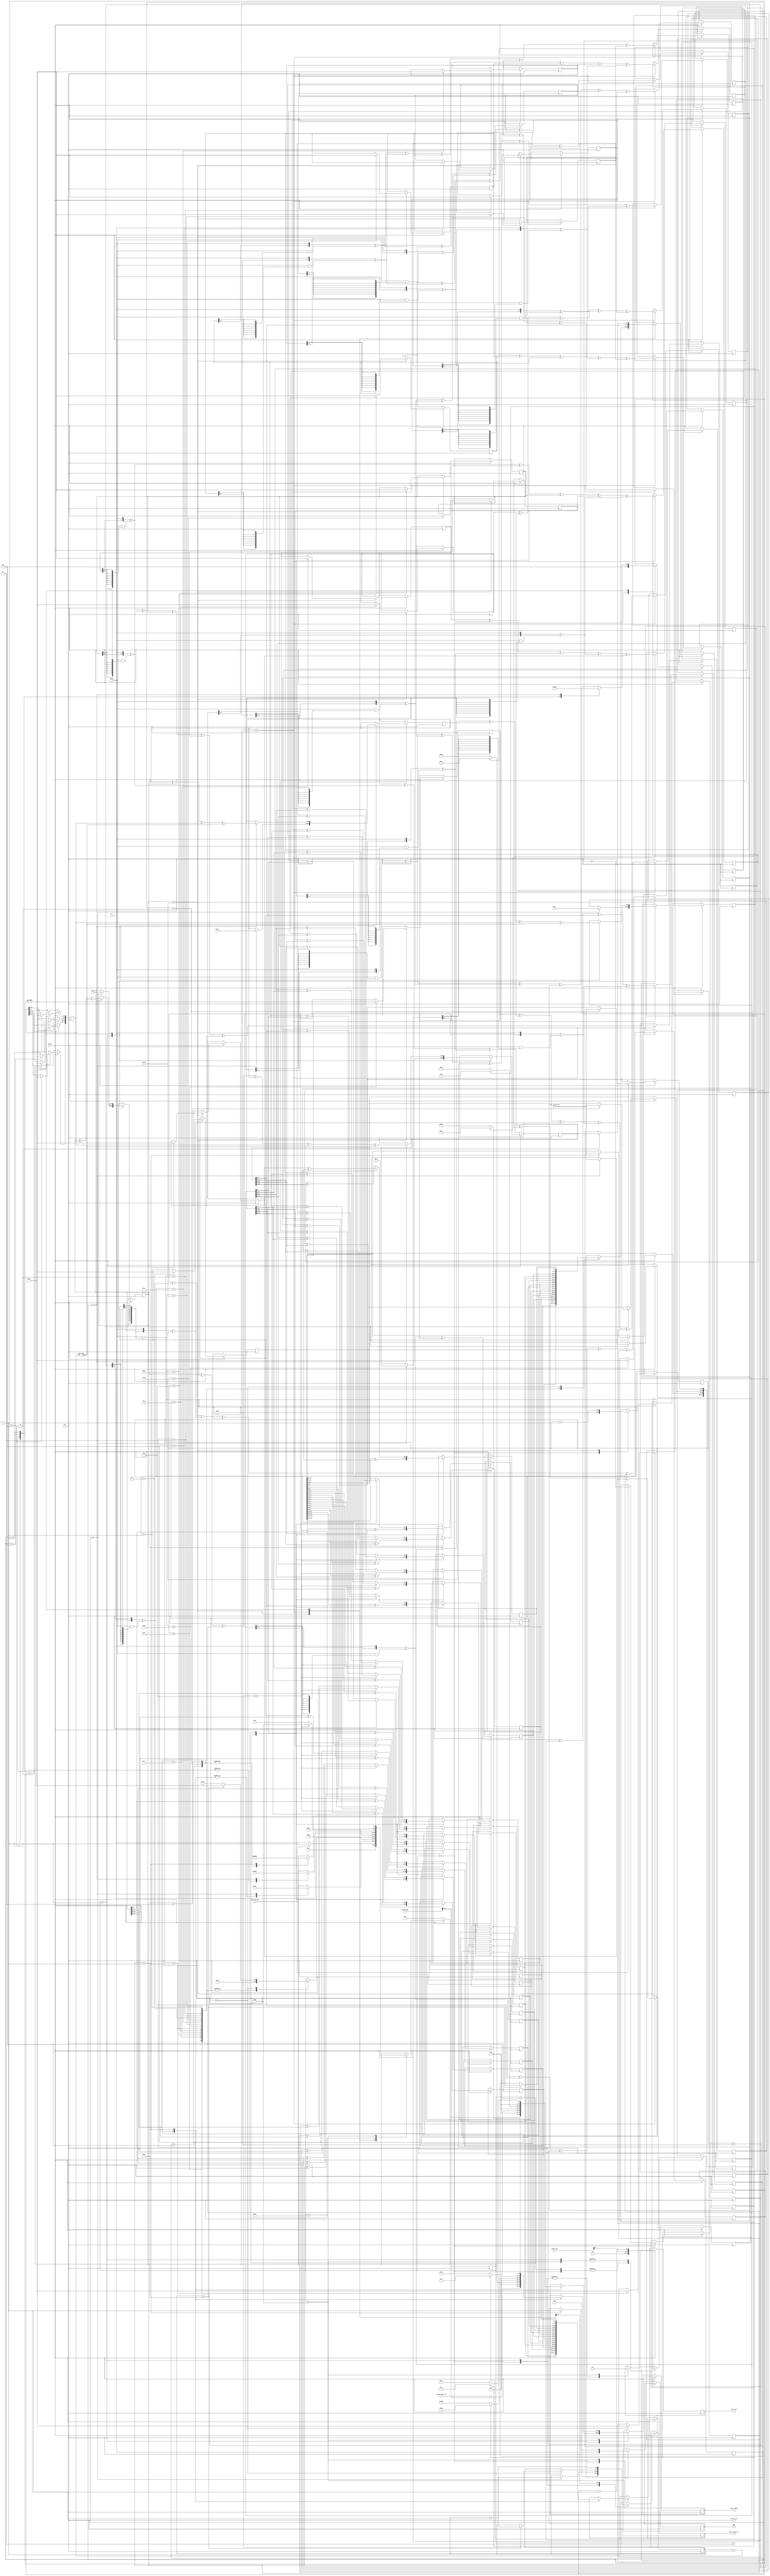
module AES_128bit(
clk, 
nreset, 
start_encrypt, 
plain_addr,
cipher_addr_off, 
frame_size, 
done, 
key_0, 
key_1, 
key_2,  
key_3, 
port_A_data_out, 
port_A_data_in, 
port_A_clk, 
port_A_addr,
port_A_we
); 
input		clk, nreset, start_encrypt;

input	[31:0]	key_0, key_1, key_2, key_3;
input	[31:0]	port_A_data_out;
input	[31:0]	plain_addr;
input	[15:0]	cipher_addr_off;
input 	[7:0] 	frame_size;
output  done, port_A_we, port_A_clk;
output	[31:0]	port_A_data_in;
output	[15:0]	port_A_addr;



////////////////////////////////////////////////////////////////////
//
// Local Wires
//

reg	[31:0]	cipher_word0, cipher_word1, cipher_word2, cipher_word3;
reg	[127:0]	plain_text;
reg	[7:0]	temp00, temp01, temp02, temp03;
reg	[7:0]	temp10, temp11, temp12, temp13;
reg	[7:0]	temp20, temp21, temp22, temp23;
reg	[7:0]	temp30, temp31, temp32, temp33;

reg	[7:0]	temp00_shiftsub, temp01_shiftsub, temp02_shiftsub, temp03_shiftsub;
reg	[7:0]	temp10_shiftsub, temp11_shiftsub, temp12_shiftsub, temp13_shiftsub;
reg	[7:0]	temp20_shiftsub, temp21_shiftsub, temp22_shiftsub, temp23_shiftsub;
reg	[7:0]	temp30_shiftsub, temp31_shiftsub, temp32_shiftsub, temp33_shiftsub;
reg	[7:0]	temp00_mixcolumn, temp01_mixcolumn, temp02_mixcolumn, temp03_mixcolumn;
reg	[7:0]	temp10_mixcolumn, temp11_mixcolumn, temp12_mixcolumn, temp13_mixcolumn;
reg	[7:0]	temp20_mixcolumn, temp21_mixcolumn, temp22_mixcolumn, temp23_mixcolumn;
reg	[7:0]	temp30_mixcolumn, temp31_mixcolumn, temp32_mixcolumn, temp33_mixcolumn, sboxin;
wire [7:0] sboxout;
reg	done, port_A_we, kld;
reg	[3:0]	round_count; 
wire [3:0] another_count;
reg	[7:0]	count;
reg [4:0] an_cnt; 
reg [2:0] roundkey_count;
reg [8:0] state;
reg	[15:0]	port_A_addr;
reg	[31:0]	port_A_data_in;
reg [31:0] subword;
wire [31:0] rcon;
reg f;


///////////////////////////////////////////////////////////////////
//
//State Machine
//

assign port_A_clk = clk;
assign another_count = round_count-1;
parameter
	S0 = 8'b00000000,
	S1 = 8'b00000001, 
	S2 = 8'b00000010,
	S3 = 8'b00000100,
	S4 = 8'b00001000,
	S5 = 8'b00010000,
	S6 = 8'b00100000,
	S7 = 8'b01000000,
	S8 = 8'b10000000;
 initial begin   f = 1'b0;
 end
always @(posedge clk) begin
	if (! nreset)
	  begin
		state <= S0;
		end
	else begin
		case(state)
		S0:	begin		//judge the stage 
		  			port_A_we <= 0;
		  			done <= 0;
		  			round_count <= 4'h0;
					count <= frame_size[7:0]>>2;
					an_cnt <= 5'b10000;
						roundkey_count <= 3'b100;
		      if (start_encrypt)
		        begin
		          f=~f;
		          state <= S1;
		          
		        end
		      else
		        state <= S0;
				end
		S1:	begin		// initialize the state from dps and the key 
					port_A_we <= 0;
					case(count)
						8'b00000100:	begin	
											port_A_addr[15:0] <= plain_addr[15:0];	
											state <= S2;
									  end
						8'b00000011:    begin
											plain_text[031:000] <= port_A_data_out[31:0];
										    //port_A_addr[15:0] <= port_A_addr[15:0] + 4;
										    port_A_addr[15:0] <= (f==1'b1)?16'h0004:16'h0014;
											state <= S2;
										end							
						8'b00000010:	begin
											port_A_addr[15:0] <= (f==1'b1)?16'h0008:16'h0018;
											//port_A_addr[15:0] <= port_A_addr[15:0] + 4;
											plain_text[063:032] <= port_A_data_out[31:0];
											state <= S2;
										end				
						8'b00000001:	begin
											port_A_addr[15:0] <= (f==1'b1)?16'h000c:16'h001c;
											//port_A_addr[15:0] <= port_A_addr[15:0] + 4;
											plain_text[095:064] <= port_A_data_out[31:0];
											state <= S2;
										end	
						8'b00000000:	begin
											plain_text[127:096] <= port_A_data_out[31:0];
											state <= S3;
											round_count <= round_count + 1;
											cipher_word0 <= key_0[31:0];
											cipher_word1 <= key_1[31:0]; 
											cipher_word2 <= key_2[31:0]; 
											cipher_word3 <= key_3[31:0]; 
										end	
					endcase
				count <= count - 1;
				end
		S2: begin		// give time for writing 
						state <= S1;	
				end
		S3: begin		// Add round key for the first round 
					count <= frame_size[7:0]>>2;
						begin
							temp00 <= plain_text[007:000] ^ cipher_word0[07:00];
							temp10 <= plain_text[015:008] ^ cipher_word0[15:08];
							temp20 <= plain_text[023:016] ^ cipher_word0[23:16];
							temp30 <= plain_text[031:024] ^ cipher_word0[31:24];
							temp01 <= plain_text[039:032] ^ cipher_word1[07:00];
							temp11 <= plain_text[047:040] ^ cipher_word1[15:08];
							temp21 <= plain_text[055:048] ^ cipher_word1[23:16];
							temp31 <= plain_text[063:056] ^ cipher_word1[31:24];
							temp02 <= plain_text[071:064] ^ cipher_word2[07:00];
							temp12 <= plain_text[079:072] ^ cipher_word2[15:08];
							temp22 <= plain_text[087:080] ^ cipher_word2[23:16];
							temp32 <= plain_text[095:088] ^ cipher_word2[31:24];
							temp03 <= plain_text[103:096] ^ cipher_word3[07:00];
							temp13 <= plain_text[111:104] ^ cipher_word3[15:08];
							temp23 <= plain_text[119:112] ^ cipher_word3[23:16];
							temp33 <= plain_text[127:120] ^ cipher_word3[31:24];
							state <= S4;
						end
				end	
		S4: begin // sub & shift
		  case(an_cnt)
		    5'b10000:begin
		             sboxin <= temp00;
		             state <= S4;
		             end
		    5'b01111: 		  begin         
		             temp00_shiftsub <= sboxout;	
		             sboxin <= temp01;
		             state <= S4;
		             end
		    5'b01110:         begin 
		             temp01_shiftsub <= sboxout;
		             sboxin <= temp02;
		             state <= S4;
		             end
		    5'b01101:         begin
		             temp02_shiftsub <= sboxout;
		             sboxin <= temp03;
		             state <= S4;
		             end
		    5'b01100:         begin
		             temp03_shiftsub <= sboxout;
		             sboxin <= temp10;
		             state <= S4;
		             end
		    5'b01011:         begin
		             temp13_shiftsub <= sboxout;
		             sboxin <= temp11;
		             state <= S4;
		             end
		    5'b01010:         begin
		             temp10_shiftsub <= sboxout;
		             sboxin <= temp12;
		             state <= S4;
		             end
		    5'b01001:         begin
		             temp11_shiftsub <= sboxout;
		             sboxin <= temp13;
		             state <= S4;
		             end
		    5'b01000:         begin
		             temp12_shiftsub <= sboxout;
		             sboxin <= temp20;
		             state <= S4;
		             end
		    5'b00111:        begin
		             temp22_shiftsub <= sboxout;
		             sboxin <= temp21;
		             state <= S4;
		             end
		    5'b00110:        begin
		             temp23_shiftsub <= sboxout;
		             sboxin <= temp22;
		             state <= S4;
		             end
		    5'b00101:        begin
		             temp20_shiftsub <= sboxout;
		             sboxin <= temp23;
		             state <= S4;
		             end
		    5'b00100:        begin
		             temp21_shiftsub <= sboxout;
		             sboxin <= temp30;
		             state <= S4;
		             end
		    5'b00011:        begin
		             temp31_shiftsub <= sboxout;	
		             sboxin <= temp31;
		             state <= S4;
		             end
		    5'b00010:        begin
		             temp32_shiftsub <= sboxout;
		             sboxin <= temp32;
		             state <= S4;
		             end
		    5'b00001:        begin
		             temp33_shiftsub <= sboxout;
		             sboxin <= temp33;
		             state <= S4;
		             end
		    5'b00000:begin
		             temp30_shiftsub <= sboxout;
		               if (round_count == 10)
		                 begin
						 round_count <= round_count + 1;
		                 state <= S6; // generate round key
		                 sboxin <= cipher_word3[07:00];
		                 end
		               else
		                 state <= S5; // mix
		             end
		    endcase
		    an_cnt <= an_cnt -1;
		    end 
		
		S5: begin							// Mix_Column
					round_count <= round_count+1;	
					{temp00_mixcolumn, temp10_mixcolumn, temp20_mixcolumn, temp30_mixcolumn}  <= mix_col(temp00_shiftsub,temp10_shiftsub,temp20_shiftsub,temp30_shiftsub);
					{temp01_mixcolumn, temp11_mixcolumn, temp21_mixcolumn, temp31_mixcolumn}  <= mix_col(temp01_shiftsub,temp11_shiftsub,temp21_shiftsub,temp31_shiftsub);
					{temp02_mixcolumn, temp12_mixcolumn, temp22_mixcolumn, temp32_mixcolumn}  <= mix_col(temp02_shiftsub,temp12_shiftsub,temp22_shiftsub,temp32_shiftsub);
					{temp03_mixcolumn, temp13_mixcolumn, temp23_mixcolumn, temp33_mixcolumn}  <= mix_col(temp03_shiftsub,temp13_shiftsub,temp23_shiftsub,temp33_shiftsub);
					sboxin <= cipher_word3[07:00];
					state <= S6;
				end
				
		S6: begin  // generating round key
			case(roundkey_count)
		      3'b100: begin
		            subword[31:24] <= sboxout;
		            sboxin <= cipher_word3[31:24];
					roundkey_count <= 3'b011;
		            state <= S6;
		            end
		      3'b011:
		            begin
		            subword[23:16] <= sboxout;
					sboxin <= cipher_word3[23:16];
					roundkey_count <= 3'b010;
		            state <= S6;
		            end
		      3'b010:  begin
		            subword[15:08] <= sboxout;
		            sboxin <= cipher_word3[15:08];
					roundkey_count <= 3'b001;
		            state <= S6;
		            end
		      3'b001:   begin
		            subword[07:00] <= sboxout;
		            sboxin <= cipher_word3[07:00];
					roundkey_count <= 3'b000;
		            state <= S6;
		            end
			  3'b000:
			        begin
					//round_count <= round_count + 1;
			        	cipher_word0 <=  cipher_word0^subword^rcon;
					cipher_word1 <=  cipher_word0^cipher_word1^subword^rcon;
					cipher_word2 <=  cipher_word0^cipher_word2^cipher_word1^subword^rcon;
					cipher_word3 <=  cipher_word0^cipher_word3^cipher_word2^cipher_word1^subword^rcon;
					roundkey_count <= 3'b100;
					state <= S7;
					end
				endcase
				end

		S7: begin							// Add round key
					if (round_count == 11)
						begin
						temp00 <=  temp00_shiftsub ^ cipher_word0[07:00];
						temp01 <=  temp01_shiftsub ^ cipher_word1[07:00];
						temp02 <=  temp02_shiftsub ^ cipher_word2[07:00];
						temp03 <=  temp03_shiftsub ^ cipher_word3[07:00];
						temp10 <=  temp10_shiftsub ^ cipher_word0[15:08];
						temp11 <=  temp11_shiftsub ^ cipher_word1[15:08];
						temp12 <=  temp12_shiftsub ^ cipher_word2[15:08];
						temp13 <=  temp13_shiftsub ^ cipher_word3[15:08];
						temp20 <=  temp20_shiftsub ^ cipher_word0[23:16];
						temp21 <=  temp21_shiftsub ^ cipher_word1[23:16];
						temp22 <=  temp22_shiftsub ^ cipher_word2[23:16];
						temp23 <=  temp23_shiftsub ^ cipher_word3[23:16];
						temp30 <=  temp30_shiftsub ^ cipher_word0[31:24];
						temp31 <=  temp31_shiftsub ^ cipher_word1[31:24];
						temp32 <=  temp32_shiftsub ^ cipher_word2[31:24];
						temp33 <=  temp33_shiftsub ^ cipher_word3[31:24];
						state <= S8;
						end
					else
						begin
						temp33 <= temp33_mixcolumn ^ cipher_word3[31:24];
						temp23 <= temp23_mixcolumn ^ cipher_word3[23:16];
						temp13 <= temp13_mixcolumn ^ cipher_word3[15:08];
						temp03 <= temp03_mixcolumn ^ cipher_word3[07:00];
						temp32 <= temp32_mixcolumn ^ cipher_word2[31:24];
						temp22 <= temp22_mixcolumn ^ cipher_word2[23:16];
						temp12 <= temp12_mixcolumn ^ cipher_word2[15:08];
						temp02 <= temp02_mixcolumn ^ cipher_word2[07:00];
						temp31 <= temp31_mixcolumn ^ cipher_word1[31:24];
						temp21 <= temp21_mixcolumn ^ cipher_word1[23:16];
						temp11 <= temp11_mixcolumn ^ cipher_word1[15:08];
						temp01 <= temp01_mixcolumn ^ cipher_word1[07:00];
						temp30 <= temp30_mixcolumn ^ cipher_word0[31:24];
						temp20 <= temp20_mixcolumn ^ cipher_word0[23:16];
						temp10 <= temp10_mixcolumn ^ cipher_word0[15:08];
						temp00 <= temp00_mixcolumn ^ cipher_word0[07:00];
						state <= S4;
						end
				end 		
		S8: begin
					port_A_we <= 1;					
					case(count)
						8'b100:	begin	
											port_A_addr[15:0] <= cipher_addr_off[15:0] + plain_addr[15:0];
											port_A_data_in[31:0] <= {temp30,temp20,temp10,temp00};												
											state <= S8;
										end							
						8'b11:	begin 
											port_A_addr[15:0] <= (f==1'b1)?16'h00cc:16'h0100;
											//port_A_addr[15:0] <= port_A_addr[15:0] + 4;
											port_A_data_in[31:0] <= {temp31,temp21,temp11,temp01};		
											state <= S8;
										end				
						8'b10:	begin
											port_A_addr[15:0] <= (f==1'b1)?16'h00d0:16'h0104;
											//port_A_addr[15:0] <= port_A_addr[15:0] + 4;
											port_A_data_in[31:0] <= {temp32,temp22,temp12,temp02};		
											state <= S8;
										end	
						8'b01:	begin
											port_A_addr[15:0] <= (f==1'b1)?16'h00d4:16'h0108;
											//port_A_addr[15:0] <= port_A_addr[15:0] + 4;
											port_A_data_in[31:0] <= {temp33,temp23,temp13,temp03};		
											done <= 1;
											state <= S0;
										end	
					endcase
					count <= count - 1;
				end
			endcase
	end
end

				
aes_sbox us ( .a(sboxin), .d(sboxout));
aes_rcon r0(	.clk(another_count), .out(rcon));

////////////////////////////////////////////////////////////////////
//
// Generic Functions
//

function [31:0] mix_col;
input	[7:0]	s0,s1,s2,s3;
reg	[7:0]	s0_o,s1_o,s2_o,s3_o;
begin
mix_col[31:24]=field(s0)^field(s1)^s1^s2^s3;
mix_col[23:16]=s0^field(s1)^field(s2)^s2^s3;
mix_col[15:08]=s0^s1^field(s2)^field(s3)^s3;
mix_col[07:00]=field(s0)^s0^s1^s2^field(s3);
end
endfunction 
 

function [7:0] field;
input [7:0] b; 
field={b[6:0],1'b0}^(8'h1b&{8{b[7]}});
endfunction

endmodule




module aes_rcon(clk, out);
input		[3:0] clk;
output	[31:0]	out;
reg	[31:0]	out;
reg	[3:0]	rcon_count;
wire	[3:0]	rcon_count_next;

always @(clk)
	if(clk == 1)		out <= 32'h00_00_00_01;
	else		out <=  frcon(rcon_count_next);

assign rcon_count_next = rcon_count + 4'h1;
always @(clk)
	if(clk == 1)		rcon_count <= 4'h0;
	else		rcon_count <=  rcon_count_next;

function [31:0]	frcon;
input	[3:0]	i;
case(i)	// synopsys parallel_case
   4'h0: frcon=32'h00_00_00_01;
   4'h1: frcon=32'h00_00_00_02;
   4'h2: frcon=32'h00_00_00_04;
   4'h3: frcon=32'h00_00_00_08;
   4'h4: frcon=32'h00_00_00_10;
   4'h5: frcon=32'h00_00_00_20;
   4'h6: frcon=32'h00_00_00_40;
   4'h7: frcon=32'h00_00_00_80;
   4'h8: frcon=32'h00_00_00_1b;
   4'h9: frcon=32'h00_00_00_36;
   default: frcon=32'h00_00_00_00;
endcase
endfunction
endmodule



module aes_sbox(a,d);
input	[7:0]	a;
output	[7:0]	d;
reg	[7:0]	d;

always @(a)
	case(a)		// synopsys full_case parallel_case
	   8'h00: d=8'h63;
	   8'h01: d=8'h7c;
	   8'h02: d=8'h77;
	   8'h03: d=8'h7b;
	   8'h04: d=8'hf2;
	   8'h05: d=8'h6b;
	   8'h06: d=8'h6f;
	   8'h07: d=8'hc5;
	   8'h08: d=8'h30;
	   8'h09: d=8'h01;
	   8'h0a: d=8'h67;
	   8'h0b: d=8'h2b;
	   8'h0c: d=8'hfe;
	   8'h0d: d=8'hd7;
	   8'h0e: d=8'hab;
	   8'h0f: d=8'h76;
	   8'h10: d=8'hca;
	   8'h11: d=8'h82;
	   8'h12: d=8'hc9;
	   8'h13: d=8'h7d;
	   8'h14: d=8'hfa;
	   8'h15: d=8'h59;
	   8'h16: d=8'h47;
	   8'h17: d=8'hf0;
	   8'h18: d=8'had;
	   8'h19: d=8'hd4;
	   8'h1a: d=8'ha2;
	   8'h1b: d=8'haf;
	   8'h1c: d=8'h9c;
	   8'h1d: d=8'ha4;
	   8'h1e: d=8'h72;
	   8'h1f: d=8'hc0;
	   8'h20: d=8'hb7;
	   8'h21: d=8'hfd;
	   8'h22: d=8'h93;
	   8'h23: d=8'h26;
	   8'h24: d=8'h36;
	   8'h25: d=8'h3f;
	   8'h26: d=8'hf7;
	   8'h27: d=8'hcc;
	   8'h28: d=8'h34;
	   8'h29: d=8'ha5;
	   8'h2a: d=8'he5;
	   8'h2b: d=8'hf1;
	   8'h2c: d=8'h71;
	   8'h2d: d=8'hd8;
	   8'h2e: d=8'h31;
	   8'h2f: d=8'h15;
	   8'h30: d=8'h04;
	   8'h31: d=8'hc7;
	   8'h32: d=8'h23;
	   8'h33: d=8'hc3;
	   8'h34: d=8'h18;
	   8'h35: d=8'h96;
	   8'h36: d=8'h05;
	   8'h37: d=8'h9a;
	   8'h38: d=8'h07;
	   8'h39: d=8'h12;
	   8'h3a: d=8'h80;
	   8'h3b: d=8'he2;
	   8'h3c: d=8'heb;
	   8'h3d: d=8'h27;
	   8'h3e: d=8'hb2;
	   8'h3f: d=8'h75;
	   8'h40: d=8'h09;
	   8'h41: d=8'h83;
	   8'h42: d=8'h2c;
	   8'h43: d=8'h1a;
	   8'h44: d=8'h1b;
	   8'h45: d=8'h6e;
	   8'h46: d=8'h5a;
	   8'h47: d=8'ha0;
	   8'h48: d=8'h52;
	   8'h49: d=8'h3b;
	   8'h4a: d=8'hd6;
	   8'h4b: d=8'hb3;
	   8'h4c: d=8'h29;
	   8'h4d: d=8'he3;
	   8'h4e: d=8'h2f;
	   8'h4f: d=8'h84;
	   8'h50: d=8'h53;
	   8'h51: d=8'hd1;
	   8'h52: d=8'h00;
	   8'h53: d=8'hed;
	   8'h54: d=8'h20;
	   8'h55: d=8'hfc;
	   8'h56: d=8'hb1;
	   8'h57: d=8'h5b;
	   8'h58: d=8'h6a;
	   8'h59: d=8'hcb;
	   8'h5a: d=8'hbe;
	   8'h5b: d=8'h39;
	   8'h5c: d=8'h4a;
	   8'h5d: d=8'h4c;
	   8'h5e: d=8'h58;
	   8'h5f: d=8'hcf;
	   8'h60: d=8'hd0;
	   8'h61: d=8'hef;
	   8'h62: d=8'haa;
	   8'h63: d=8'hfb;
	   8'h64: d=8'h43;
	   8'h65: d=8'h4d;
	   8'h66: d=8'h33;
	   8'h67: d=8'h85;
	   8'h68: d=8'h45;
	   8'h69: d=8'hf9;
	   8'h6a: d=8'h02;
	   8'h6b: d=8'h7f;
	   8'h6c: d=8'h50;
	   8'h6d: d=8'h3c;
	   8'h6e: d=8'h9f;
	   8'h6f: d=8'ha8;
	   8'h70: d=8'h51;
	   8'h71: d=8'ha3;
	   8'h72: d=8'h40;
	   8'h73: d=8'h8f;
	   8'h74: d=8'h92;
	   8'h75: d=8'h9d;
	   8'h76: d=8'h38;
	   8'h77: d=8'hf5;
	   8'h78: d=8'hbc;
	   8'h79: d=8'hb6;
	   8'h7a: d=8'hda;
	   8'h7b: d=8'h21;
	   8'h7c: d=8'h10;
	   8'h7d: d=8'hff;
	   8'h7e: d=8'hf3;
	   8'h7f: d=8'hd2;
	   8'h80: d=8'hcd;
	   8'h81: d=8'h0c;
	   8'h82: d=8'h13;
	   8'h83: d=8'hec;
	   8'h84: d=8'h5f;
	   8'h85: d=8'h97;
	   8'h86: d=8'h44;
	   8'h87: d=8'h17;
	   8'h88: d=8'hc4;
	   8'h89: d=8'ha7;
	   8'h8a: d=8'h7e;
	   8'h8b: d=8'h3d;
	   8'h8c: d=8'h64;
	   8'h8d: d=8'h5d;
	   8'h8e: d=8'h19;
	   8'h8f: d=8'h73;
	   8'h90: d=8'h60;
	   8'h91: d=8'h81;
	   8'h92: d=8'h4f;
	   8'h93: d=8'hdc;
	   8'h94: d=8'h22;
	   8'h95: d=8'h2a;
	   8'h96: d=8'h90;
	   8'h97: d=8'h88;
	   8'h98: d=8'h46;
	   8'h99: d=8'hee;
	   8'h9a: d=8'hb8;
	   8'h9b: d=8'h14;
	   8'h9c: d=8'hde;
	   8'h9d: d=8'h5e;
	   8'h9e: d=8'h0b;
	   8'h9f: d=8'hdb;
	   8'ha0: d=8'he0;
	   8'ha1: d=8'h32;
	   8'ha2: d=8'h3a;
	   8'ha3: d=8'h0a;
	   8'ha4: d=8'h49;
	   8'ha5: d=8'h06;
	   8'ha6: d=8'h24;
	   8'ha7: d=8'h5c;
	   8'ha8: d=8'hc2;
	   8'ha9: d=8'hd3;
	   8'haa: d=8'hac;
	   8'hab: d=8'h62;
	   8'hac: d=8'h91;
	   8'had: d=8'h95;
	   8'hae: d=8'he4;
	   8'haf: d=8'h79;
	   8'hb0: d=8'he7;
	   8'hb1: d=8'hc8;
	   8'hb2: d=8'h37;
	   8'hb3: d=8'h6d;
	   8'hb4: d=8'h8d;
	   8'hb5: d=8'hd5;
	   8'hb6: d=8'h4e;
	   8'hb7: d=8'ha9;
	   8'hb8: d=8'h6c;
	   8'hb9: d=8'h56;
	   8'hba: d=8'hf4;
	   8'hbb: d=8'hea;
	   8'hbc: d=8'h65;
	   8'hbd: d=8'h7a;
	   8'hbe: d=8'hae;
	   8'hbf: d=8'h08;
	   8'hc0: d=8'hba;
	   8'hc1: d=8'h78;
	   8'hc2: d=8'h25;
	   8'hc3: d=8'h2e;
	   8'hc4: d=8'h1c;
	   8'hc5: d=8'ha6;
	   8'hc6: d=8'hb4;
	   8'hc7: d=8'hc6;
	   8'hc8: d=8'he8;
	   8'hc9: d=8'hdd;
	   8'hca: d=8'h74;
	   8'hcb: d=8'h1f;
	   8'hcc: d=8'h4b;
	   8'hcd: d=8'hbd;
	   8'hce: d=8'h8b;
	   8'hcf: d=8'h8a;
	   8'hd0: d=8'h70;
	   8'hd1: d=8'h3e;
	   8'hd2: d=8'hb5;
	   8'hd3: d=8'h66;
	   8'hd4: d=8'h48;
	   8'hd5: d=8'h03;
	   8'hd6: d=8'hf6;
	   8'hd7: d=8'h0e;
	   8'hd8: d=8'h61;
	   8'hd9: d=8'h35;
	   8'hda: d=8'h57;
	   8'hdb: d=8'hb9;
	   8'hdc: d=8'h86;
	   8'hdd: d=8'hc1;
	   8'hde: d=8'h1d;
	   8'hdf: d=8'h9e;
	   8'he0: d=8'he1;
	   8'he1: d=8'hf8;
	   8'he2: d=8'h98;
	   8'he3: d=8'h11;
	   8'he4: d=8'h69;
	   8'he5: d=8'hd9;
	   8'he6: d=8'h8e;
	   8'he7: d=8'h94;
	   8'he8: d=8'h9b;
	   8'he9: d=8'h1e;
	   8'hea: d=8'h87;
	   8'heb: d=8'he9;
	   8'hec: d=8'hce;
	   8'hed: d=8'h55;
	   8'hee: d=8'h28;
	   8'hef: d=8'hdf;
	   8'hf0: d=8'h8c;
	   8'hf1: d=8'ha1;
	   8'hf2: d=8'h89;
	   8'hf3: d=8'h0d;
	   8'hf4: d=8'hbf;
	   8'hf5: d=8'he6;
	   8'hf6: d=8'h42;
	   8'hf7: d=8'h68;
	   8'hf8: d=8'h41;
	   8'hf9: d=8'h99;
	   8'hfa: d=8'h2d;
	   8'hfb: d=8'h0f;
	   8'hfc: d=8'hb0;
	   8'hfd: d=8'h54;
	   8'hfe: d=8'hbb;
	   8'hff: d=8'h16;
	endcase

endmodule